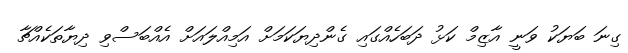
ގިނަ ބަޔަކު ވަނީ އާޒިމް ކަޅު ދަބަހެއްގައި ގެންދިޔަކަމަށް އަމިއްލައަށް އެއްބަސްވި ދިޔާތަކެއްޗާ